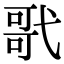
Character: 㢦